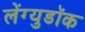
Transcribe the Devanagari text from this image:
लेंग्युडॉक